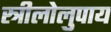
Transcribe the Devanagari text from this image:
स्त्रीलोलुपाय